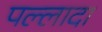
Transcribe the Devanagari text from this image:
पल्लादा